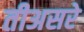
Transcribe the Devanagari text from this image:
तीअसरे